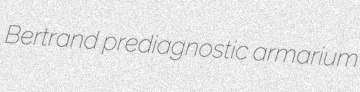
Bertrand prediagnostic armarium